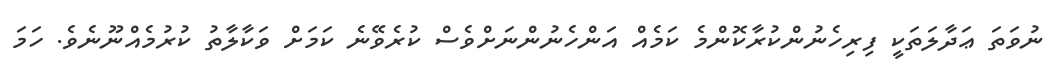
ނުވަތަ ޢަދާލަތަކީ ފިރިހެނުންކުރާކޮންމެ ކަމެއް އަންހެނުންނަށްވެސް ކުރެވޭނެ ކަމަށް ވަކާލާތު ކުރުމެއްނޫނެވެ. ހަމަ